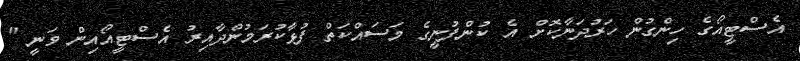
އެސްޓީއޯގެ ހިންގުން ހަރުދަނާކޮށް އެ ކުންފުނީގެ މަސައްކަތް ފުޅާކުރަމުންދާއިރު އެސްޓީއޯއިން ވަނީ "